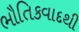
ભૌતિકવાદથી